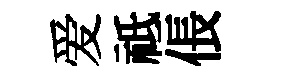
爱祗倀